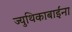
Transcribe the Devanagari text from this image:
ज्युथिकाबाईंना